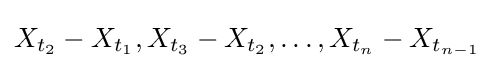
X_{t_{2}}-X_{t_{1}},X_{t_{3}}-X_{t_{2}},\dots ,X_{t_{n}}-X_{t_{n-1}}